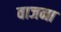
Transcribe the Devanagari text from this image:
वाजना